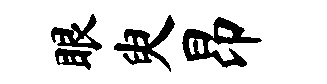
眼臾昂